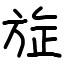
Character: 㫌